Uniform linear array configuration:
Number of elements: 32
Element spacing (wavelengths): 0.75
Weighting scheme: uniform
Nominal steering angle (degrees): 60
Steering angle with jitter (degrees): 58.261
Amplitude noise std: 0.05
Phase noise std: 0.05

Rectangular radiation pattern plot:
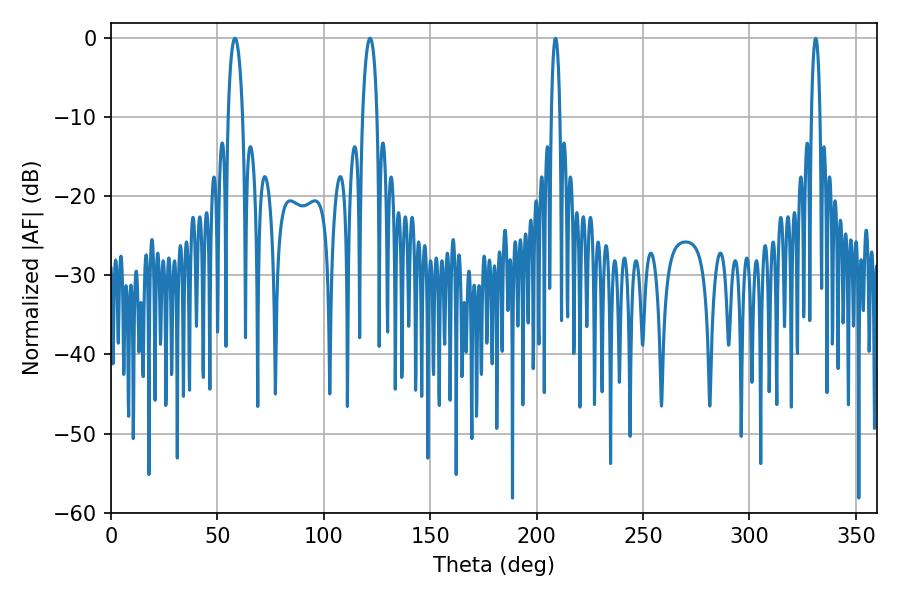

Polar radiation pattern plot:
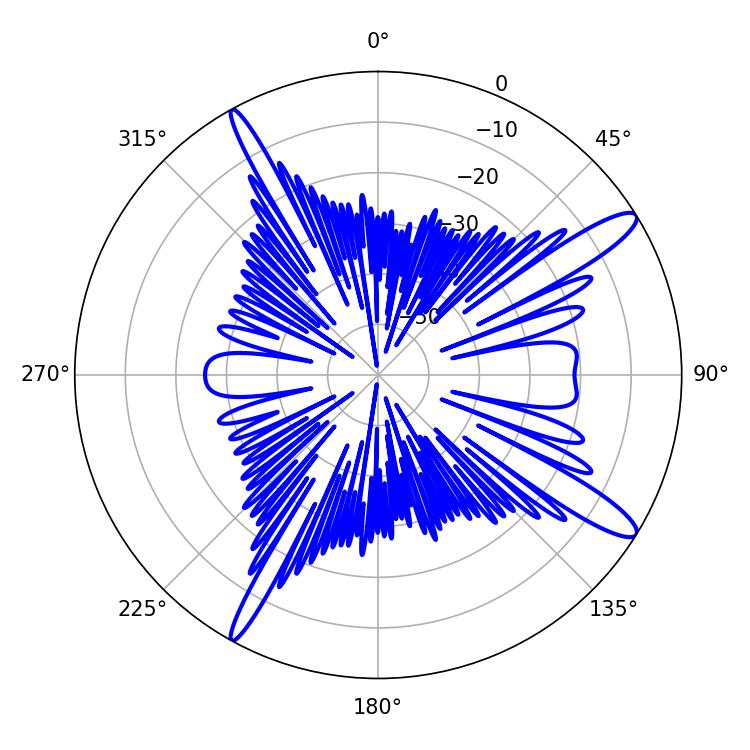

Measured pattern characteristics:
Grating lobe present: TRUE
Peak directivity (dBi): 13.522
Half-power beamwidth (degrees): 3.96
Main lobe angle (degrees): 58.32